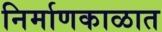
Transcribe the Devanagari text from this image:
निर्माणकाळात